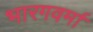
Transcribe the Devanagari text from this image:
भारगवर्मा